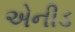
એનીડ